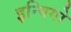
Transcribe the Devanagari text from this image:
इन्यिगो